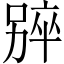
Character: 𫫑